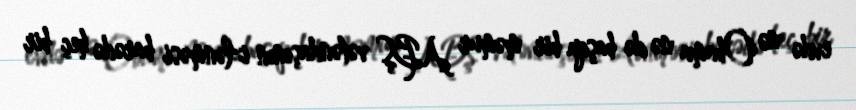
evdə nə Obama nə də başqa bir məmur ABŞ vətəndaşının izlənməsi barədə heç bir